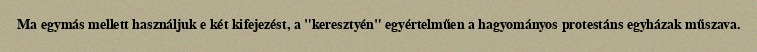
Ma egymás mellett használjuk e két kifejezést, a "keresztyén" egyértelműen a hagyományos protestáns egyházak műszava.